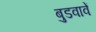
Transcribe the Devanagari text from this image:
बुडवावें